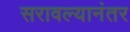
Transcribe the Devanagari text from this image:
सरावल्यानंतर